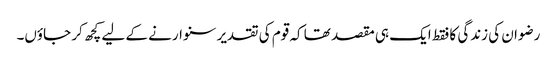
رضوان کی زندگی کا فقط ایک ہی مقصد تھا کہ قوم کی تقدیر سنوارنے کے لیے کچھ کر جاؤں۔